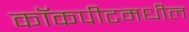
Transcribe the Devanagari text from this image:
कॉकपीटमधील